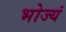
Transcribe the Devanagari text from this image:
भोज्यं